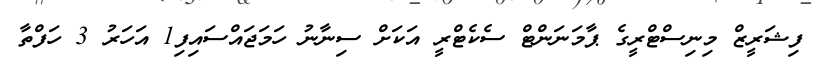
ފިޝަރީޒް މިނިސްޓްރީގެ ޕާމަނަންޓް ސެކެޓްރީ އަކަށް ސިނާނު ހަމަޖައްސައިފި1 އަހަރު 3 ހަފްތާ